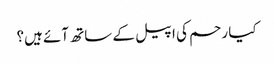
کیا رحم کی اپیل کے ساتھ آئے ہیں؟